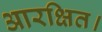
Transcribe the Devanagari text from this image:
आरक्षित।